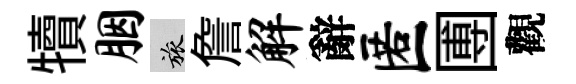
犢胭旅詹解辭匿圑觀